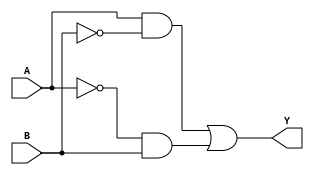
module xor_gate (
    input A,
    input B,
    output Y
);

wire A_B, A_B_bar;

assign A_B = A & ~B;
assign A_B_bar = ~A & B;

assign Y = A_B | A_B_bar;

endmodule